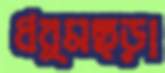
ধর্মছড়া